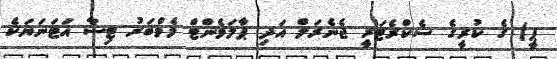
ޕީ) ގެ ކުރީގެ ސެކްރެޓަރީ ޖެނެރަލް އަދި ޕާލަމެންޓް މެމްބަރު ޓިސާ އަޓަނަޔަކެ